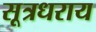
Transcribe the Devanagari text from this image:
सूत्रधराय